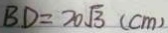
B D = 2 0 \sqrt { 3 } ( c m )